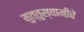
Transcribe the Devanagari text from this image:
मुत्तुस्वामींचे